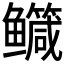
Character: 𮬤